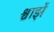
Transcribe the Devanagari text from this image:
श्वार्झे